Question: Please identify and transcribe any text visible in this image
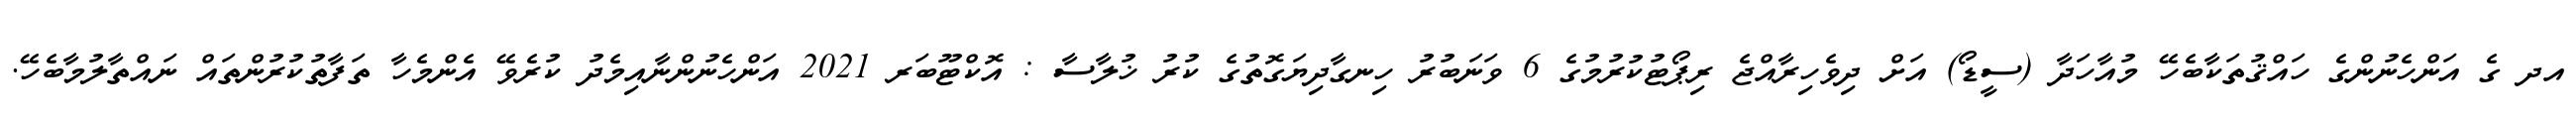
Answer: އދ ގެ އަންހެނުންގެ ހައްޤުތަކާބެހޭ މުއާހަދާ (ސީޑޯ) އަށް ދިވެހިރާއްޖެ ރިޕޯޓުކުރުމުގެ 6 ވަނަބުރު ހިނގާދިޔަގޮތުގެ ކުރު ޚުލާސާ : އޮކްޓޫބަރ 2021 އަންހެނުންނާއިމެދު ކުރެވޭ އެންމެހާ ތަފާތުކުރުންތައް ނައްތާލުމާބެހޭ.